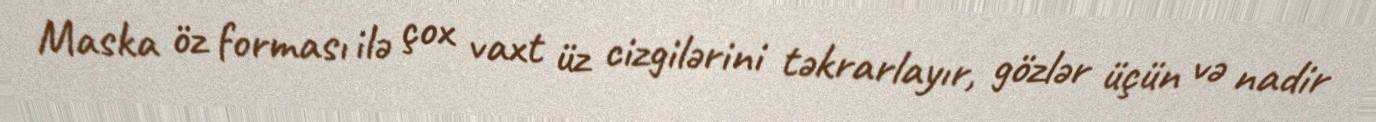
Maska öz forması ilə çox vaxt üz cizgilərini təkrarlayır, gözlər üçün və nadir